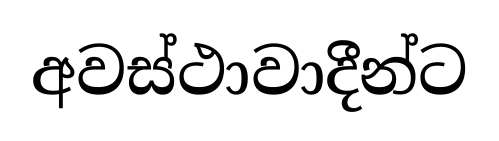
අවස්ථාවාදීන්ට